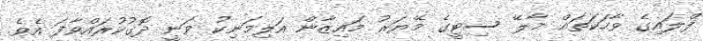
ފްލައިގެ ވާހަކަތައް މާލޭ ސިޓީގެ މޭޔަރު މައިޒާން އަލިމަނިކު ވަނީ ދޮގުކުރައްވާފަ އެވެ.